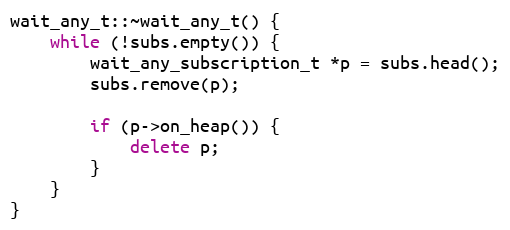
Language: C++
wait_any_t::~wait_any_t() {
    while (!subs.empty()) {
        wait_any_subscription_t *p = subs.head();
        subs.remove(p);

        if (p->on_heap()) {
            delete p;
        }
    }
}